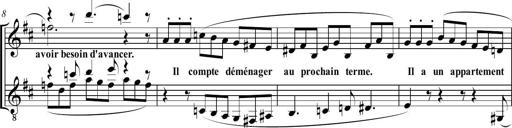
Title: Sonatine bureaucratique
Composer: Erik Satie